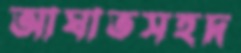
আঘাতসহদ